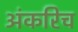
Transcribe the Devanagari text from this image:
अंकरिच